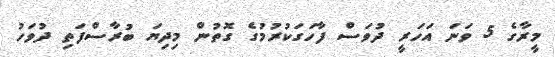
މީރާގެ 5 ވަނަ އަހަރީ ދުވަސް ފާހަގަކުރުމުގެ ގޮތުން މިދިޔަ ބުރާސްފަތި ދުވަހު